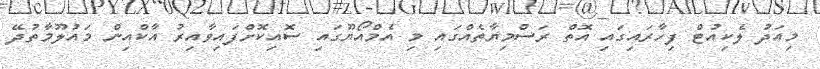
މިއަދު ލެކިއުޓް ފިހާރައިގައި އޮތް ރަސްމިޔާތެއްގައި މި އެމްއޯޔޫގައި ސޮއިކޮށްފައިވާއިރު އާކްއިން މައުލޫމާތުދޭ